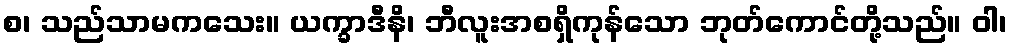
စ၊ သည်သာမကသေး။ ယက္ခာဒီနိ၊ ဘီလူးအစရှိကုန်သော ဘုတ်ကောင်တို့သည်။ ဝါ၊